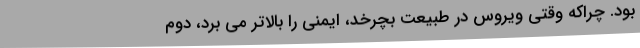
بود. چراکه وقتی ویروس در طبیعت بچرخد، ایمنی را بالاتر می برد، دوم